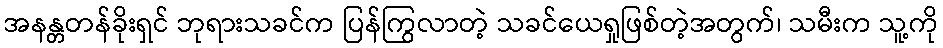
အနန္တတန်ခိုးရှင် ဘုရားသခင်က ပြန်ကြွလာတဲ့ သခင်ယေရှုဖြစ်တဲ့အတွက်၊ သမီးက သူ့ကို